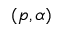
( p , \alpha )